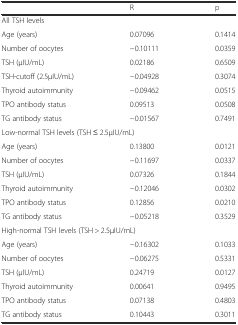
|  | R | p |
 | --- | --- | --- |
 | <COLSPAN=3> All TSH levels |
 | Age (years) | 0.07096 | 0.1414 |
 | Number of oocytes | −0.10111 | 0.0359 |
 | TSH (μIU/mL) | 0.02186 | 0.6509 |
 | TSH-cutoff (2.5μIU/mL) | −0.04928 | 0.3074 |
 | Thyroid autoimmunity | −0.09462 | 0.0515 |
 | TPO antibody status | 0.09513 | 0.0508 |
 | TG antibody status | −0.01567 | 0.7491 |
 | <COLSPAN=3> Low-normal TSH levels (TSH ≤ 2.5μIU/mL) |
 | Age (years) | 0.13800 | 0.0121 |
 | Number of oocytes | −0.11697 | 0.0337 |
 | TSH (μIU/mL) | 0.07326 | 0.1844 |
 | Thyroid autoimmunity | −0.12046 | 0.0302 |
 | TPO antibody status | 0.12856 | 0.0210 |
 | TG antibody status | −0.05218 | 0.3529 |
 | <COLSPAN=3> High-normal TSH levels (TSH > 2.5μIU/mL) |
 | Age (years) | −0.16302 | 0.1033 |
 | Number of oocytes | −0.06275 | 0.5331 |
 | TSH (μIU/mL) | 0.24719 | 0.0127 |
 | Thyroid autoimmunity | 0.00641 | 0.9495 |
 | TPO antibody status | 0.07138 | 0.4803 |
 | TG antibody status | 0.10443 | 0.3011 |